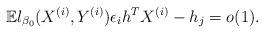
LaTeX: \begin{align*}\mathbb E l_{\beta_0} (X^{(i)}, Y^{(i)}) \epsilon_i h^T X^{(i)} - h_j = o(1).\end{align*}